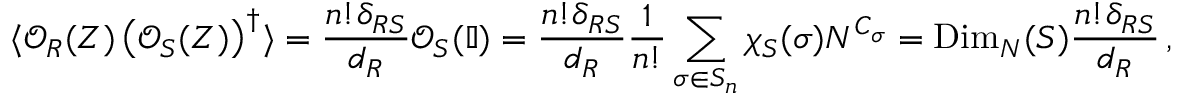
\langle \mathcal { O } _ { R } ( Z ) \left( \mathcal { O } _ { S } ( Z ) \right) ^ { \dagger } \rangle = \frac { n ! \delta _ { R S } } { d _ { R } } \mathcal { O } _ { S } ( \mathbb { I } ) = \frac { n ! \delta _ { R S } } { d _ { R } } \frac { 1 } { n ! } \sum _ { \sigma \in S _ { n } } \chi _ { S } ( \sigma ) N ^ { C _ { \sigma } } = \mathrm { D i m } _ { N } ( S ) \frac { n ! \delta _ { R S } } { d _ { R } } \, ,